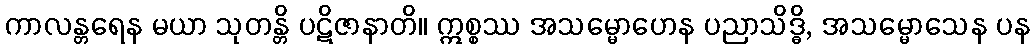
ကာလန္တရေန မယာ သုတန္တိ ပဋိဇာနာတိ။ ဣစ္စဿ အသမ္မောဟေန ပညာသိဒ္ဓိ, အသမ္မောသေန ပန